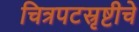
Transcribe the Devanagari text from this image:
चित्रपटस्रृष्टीचे